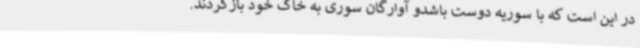
در این است که با سوریه دوست باشدو آوارگان سوری به خاک خود بازگردند.